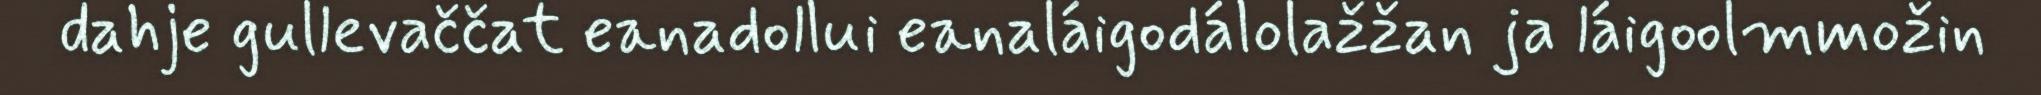
dahje gullevaččat eanadollui eanaláigodálolažžan ja láigoolmmožin